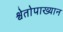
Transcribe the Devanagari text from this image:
श्वेतोपाख्यान